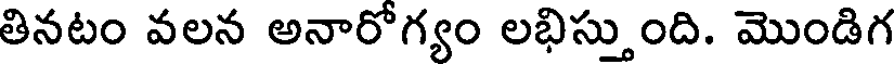
తినటం వలన అనారోగ్యం లభిస్తుంది. మొండిగ